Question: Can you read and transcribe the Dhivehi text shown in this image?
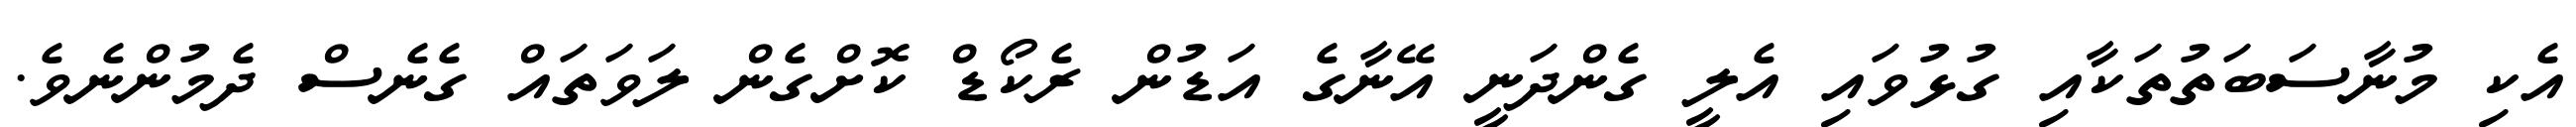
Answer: އެކި މުނާސަބަތުތަކާއި ގުޅުވައި އެލީ ގެންދަނީ އޭނާގެ އަޑުން ރެކޯޑް ކޮށްގެން ލަވަތައް ގެނެސް ދެމުންނެވެ.